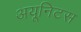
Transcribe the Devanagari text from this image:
अयूनिटस